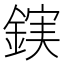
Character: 𮢖